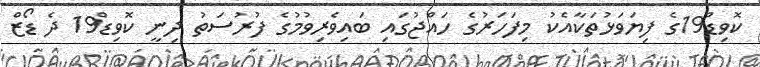
ކޮވިޑް19ގެ ފިޔަވަޅުތަކާއެކު މިފަހަރުގެ ހައްޖުގައި ބައިވެރިވުމުގެ ފުރުސަތު ދިނީ ކޮވިޑް19 ދެ ޑޯޒް